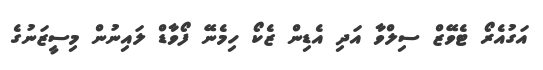
އަގުއެރޯ ޓެވޭޒް ސިލްވާ އަދި އެޑިން ޒެކޯ ހިމެނޭ ފޯވާޑް ލައިނުން މިސީޒަނުގެ